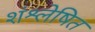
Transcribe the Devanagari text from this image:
शंश्लेषित